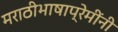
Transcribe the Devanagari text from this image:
मराठीभाषाप्रेमींनी